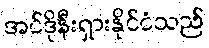
အင်ဒိုနီးရှားနိုင်ငံသည်